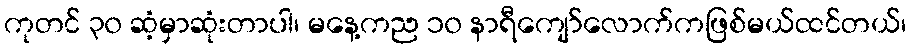
ကုတင် ၃၀ ဆံ့မှာဆုံးတာပါ၊ မနေ့ကည ၁၀ နာရီကျော်လောက်ကဖြစ်မယ်ထင်တယ်၊